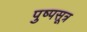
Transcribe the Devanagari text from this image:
पुष्पसूत्र